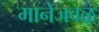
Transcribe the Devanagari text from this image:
मानेजवळ